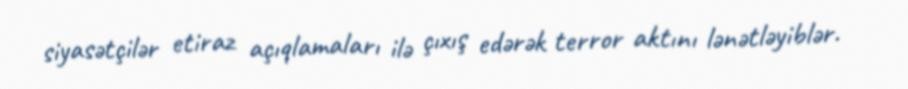
siyasətçilər etiraz açıqlamaları ilə çıxış edərək terror aktını lənətləyiblər.